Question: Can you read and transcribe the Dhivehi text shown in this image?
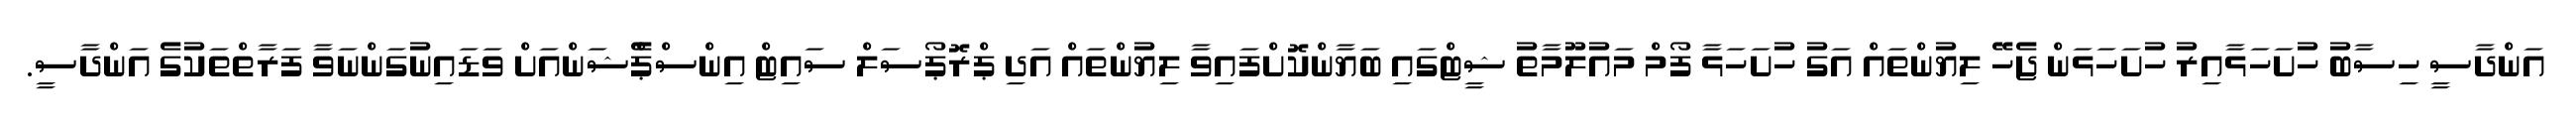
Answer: އަންދާސީ ހިސާބު ހުށަހަޅާއިރު ހުށަހަޅަން ޖެހޭ ލިޔުންތައް އަގު ހުށަހަޅާ ފޯމް މައުލޫމާތު ޝީޓްގައި ބަޔާންކޮށްފައިވާ ލިޔުންތައް އަދި ޕްރޮޕޯސަލް ސައިޓް އިންސްޕެްޝަންއަށް ވަޑައިނުގަންނަވާ ފަރާތްތަކުގެ އަންދާސީ.